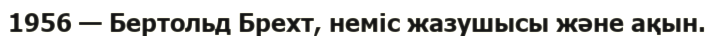
1956 — Бертольд Брехт, неміс жазушысы және ақын.